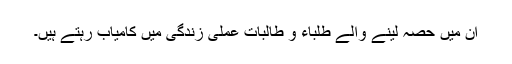
ان میں حصہ لینے والے طلباء و طالبات عملی زندگی میں کامیاب رہتے ہیں۔